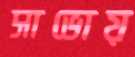
সাভোয়